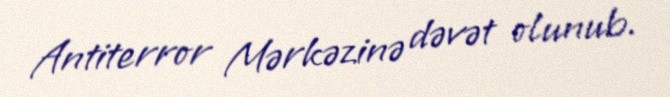
Antiterror Mərkəzinə dəvət olunub.